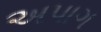
અપાગ